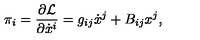
\pi _ { i } = \frac { \partial \mathcal { L } } { \partial \dot { x } ^ { i } } = g _ { i j } \dot { x } ^ { j } + B _ { i j } x ^ { j } ,